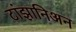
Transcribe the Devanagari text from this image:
टांझानिअन